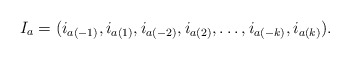
\begin{align*}I_a = (i_{a(-1)}, i_{a(1)}, i_{a(-2)}, i_{a(2)}, \ldots, i_{a(-k)}, i_{a(k)}).\end{align*}